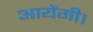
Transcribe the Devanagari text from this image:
आयेंगी।